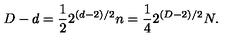
D - d = \frac { 1 } { 2 } 2 ^ { ( d - 2 ) / 2 } n = \frac { 1 } { 4 } 2 ^ { ( D - 2 ) / 2 } N .